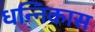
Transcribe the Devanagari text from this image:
धन्निकास